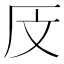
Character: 𰆗